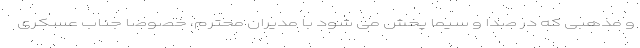
و مذهبی که در صدا و سیما پخش می شود با مدیران محترم، خصوصا جناب عسکری